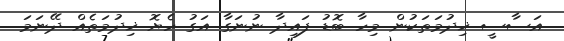
އަސާސީ ޚިދުމަތަކުން މިހާ ބޮޑު ފައިދާ ނުނަގާ އަގު ހެޔޮ ޚިދުމަތެއް ދޭނަމަ